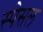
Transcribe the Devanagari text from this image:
स्पेसल